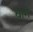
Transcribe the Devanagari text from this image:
वार्ग